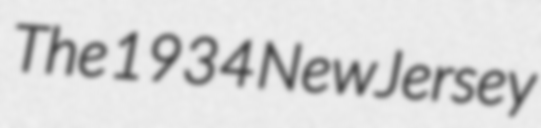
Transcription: The 1934 New Jersey